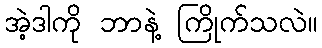
အဲ့ဒါကို ဘာနဲ့ ကြိုက်သလဲ။